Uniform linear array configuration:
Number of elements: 12
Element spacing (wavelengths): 0.75
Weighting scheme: binomial
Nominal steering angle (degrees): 15
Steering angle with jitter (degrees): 14.222
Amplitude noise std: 0.05
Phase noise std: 0.05

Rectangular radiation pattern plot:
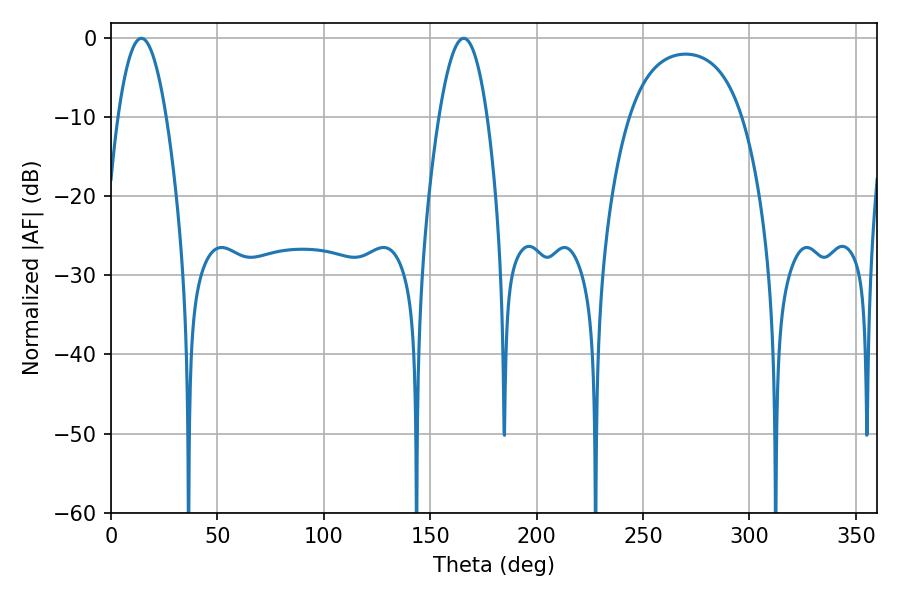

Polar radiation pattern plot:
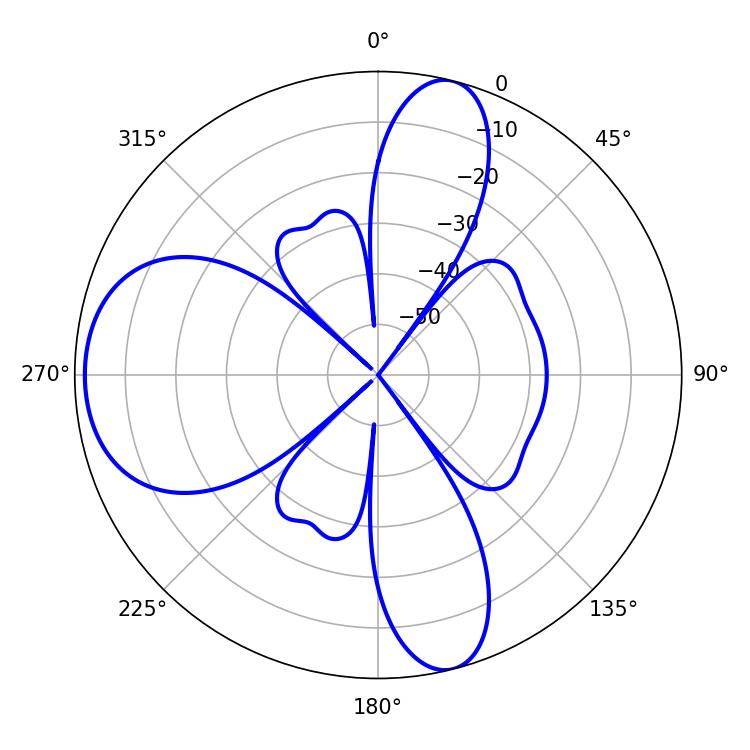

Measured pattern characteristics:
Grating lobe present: TRUE
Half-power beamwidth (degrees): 12.42
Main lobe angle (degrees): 14.22